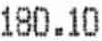
180.10